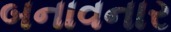
બનાવનાર